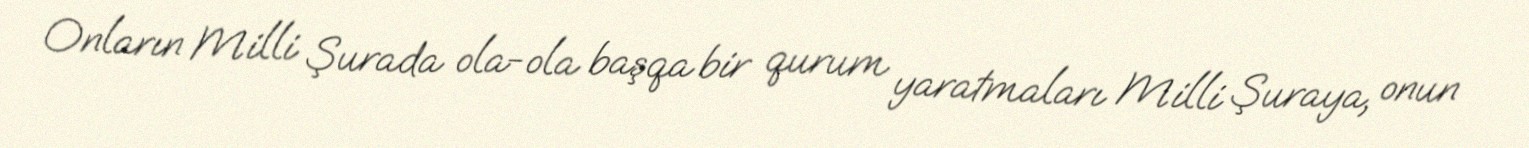
Onların Milli Şurada ola-ola başqa bir qurum yaratmaları Milli Şuraya, onun